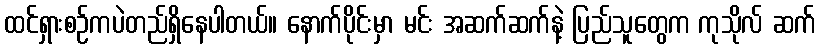
ထင်ရှားစဉ်ကပဲတည်ရှိနေပါတယ်။ နောက်ပိုင်းမှာ မင်း အဆက်ဆက်နဲ့ ပြည်သူတွေက ကုသိုလ် ဆက်